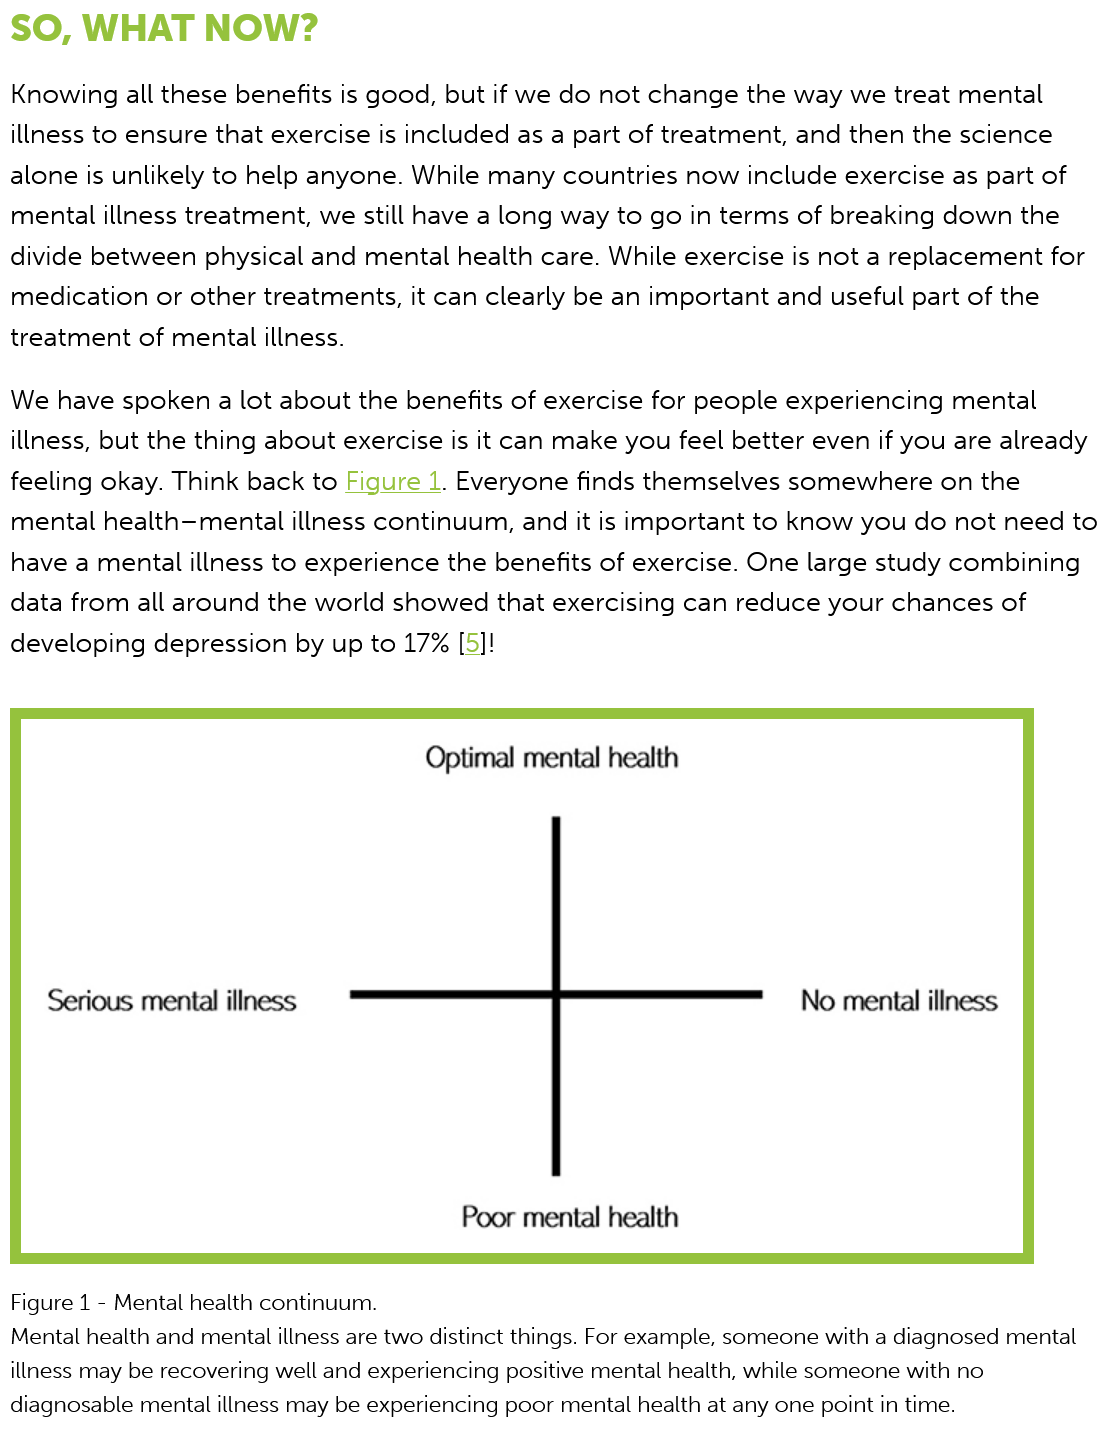
SO,  WHAT    NOW?
  Knowing all these benefits is good, but if we do not change the way we treat mental
  illness to ensure that exercise is included as a part of treatment, and then the science
  alone is unlikely to help anyone. While many countries now  include exercise as part of
  mental illness treatment, we still have a long way to go in terms of breaking down the
  divide between physical and mental  health care. While exercise is not a replacement for
  medication or other treatments, it can clearly be an important and useful part of the
  treatment of mental illness.
  We have spoken a  lot about the benefits of exercise for people experiencing mental
  illness, but the thing about exercise is it can make you feel better even if you are already
  feeling okay. Think back to Figure
     1.
     Everyone finds themselves  somewhere   on  the
  mental health—mental illness continuum,  and it is important to know you do  not need to
  have a mental illness to experience the benefits of exercise. One large study combining
  data from all around the world showed  that exercising can reduce your chances of
  developing depression  by up to 17% [5]!
     Optimal mental health
    Serious mental illness    No mental illness
  Figure 1
     -
     Mental health continuum.
  Mental health and mental illness are two distinct things. For example, someone with a diagnosed mental
  illness may be recovering well and experiencing positive mental health, while someone with no
  diagnosable mental illness may be experiencing poor mental health at any one point in time.